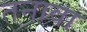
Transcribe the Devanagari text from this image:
तनावा